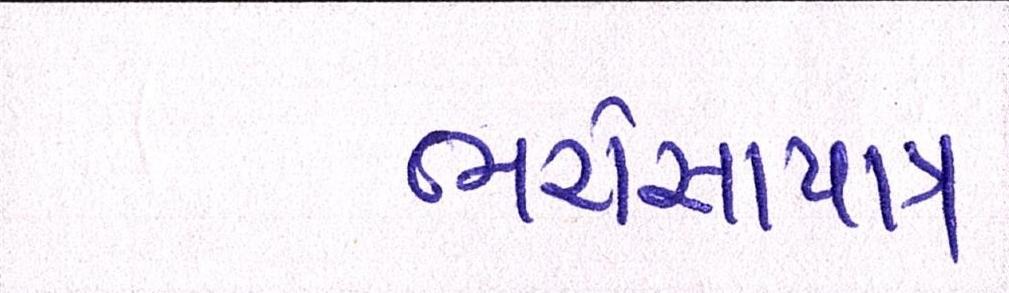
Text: ભરોસાપાત્ર